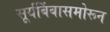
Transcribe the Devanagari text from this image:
सूर्यबिंबासमोरून